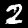
Digit: 2